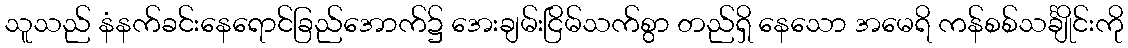
သူသည် နံနက်ခင်းနေရောင်ခြည်အောက်၌ အေးချမ်းငြိမ်သက်စွာ တည်ရှိ နေသော အမေရိ ကန်စစ်သင်္ချိုင်းကို